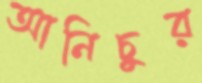
আনিচুর